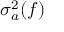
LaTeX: \sigma _ { a } ^ { 2 } ( f )